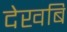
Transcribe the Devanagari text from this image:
देखबि